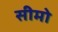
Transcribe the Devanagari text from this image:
सीमो